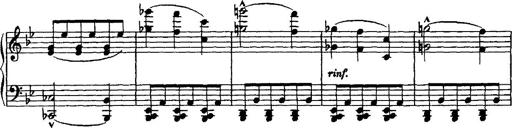
Title: Grande valse di bravura
Composer: Franz Liszt